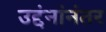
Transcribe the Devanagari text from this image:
उद्दंनांनंतर